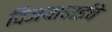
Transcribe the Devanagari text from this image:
विजयाबाईंचे